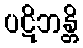
ပဋိဘန္တိ